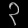
Digit: ၃